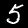
Label: 5